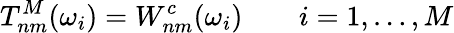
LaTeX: T_{nm}^{M}(\omega_{i})=W_{nm}^{c}(\omega_{i})\qquad i=1,\ldots,M